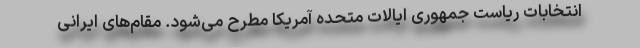
انتخابات ریاست جمهوری ایالات متحده آمریکا مطرح می‌شود. مقام‌های ایرانی